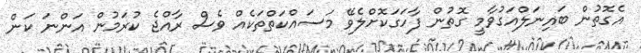
އެގޮތުން ބައިނަލްއަގުވާމީ ގޮތުން ފާހަގަކޮށްލެވޭ މަސައްކަތްތަކެއް ވެސް ރާއްޖެ ކުރަމުން އަންނަ ކަން